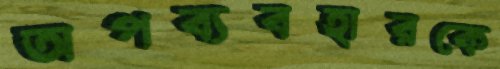
অপব্যবহারকে